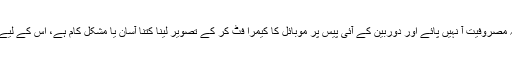
ہمارے جو ڈاکٹر صاحب فلکی تصویر نگاری کا سامان رکھتے ہیں، وہ بوجہ مصروفیت آ نہیں پائے اور دوربین کے آئی پیس پر موبائل کا کیمرا فٹ کر کے تصویر لینا کتنا آسان یا مشکل کام ہے، اس کے لیے میں آپ کو دعوت دوں گا کہ آپ ہمارے آئیندہ سیشن میں خود آ کر دیکھ لیں۔